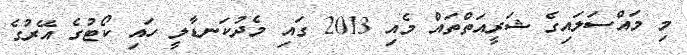
މި މައްސަލައިގެ ޝަރީއަތްތައް މެއި 2013 ގައި މެދުކަނޑާލީ ހައި ކޯޓުގެ އޭރުގެ